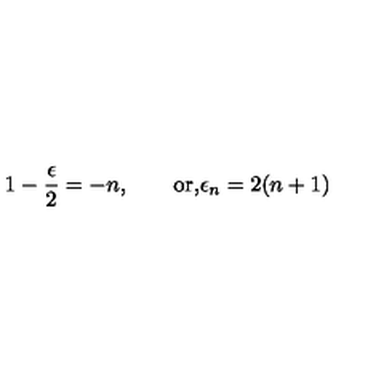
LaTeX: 1 - { \frac { \epsilon } { 2 } } = - n , \qquad \mathrm { o r , } \epsilon _ { n } = 2 ( n + 1 )